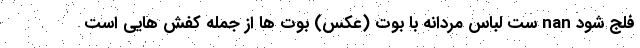
فلج شود nan ست لباس مردانه با بوت (عکس) بوت ها از جمله کفش هایی است